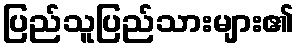
ပြည်သူပြည်သားများ၏